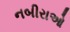
નબીરાઓ